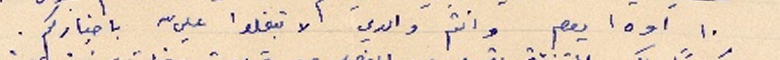
١٠ او ١٥ يوم وانتم والدي لا تبخلوا عليّ باخباركم.